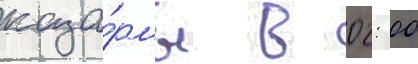
каза́рмы в 02: 00